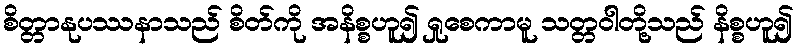
စိတ္တာနုပဿနာသည် စိတ်ကို အနိစ္စဟူ၍ ရှုစေကာမူ သတ္တဝါတို့သည် နိစ္စဟူ၍